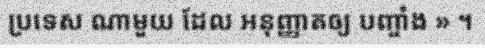
ប្រទេស ណាមួយ ដែល អនុញ្ញាតឲ្យ បញ្ចាំង » ។